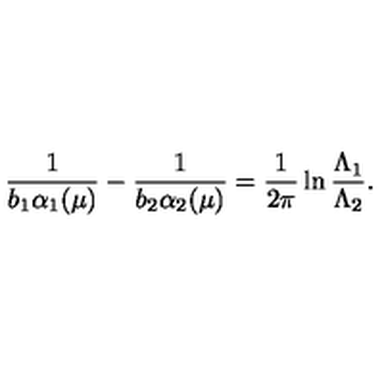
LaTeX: \frac { 1 } { b _ { 1 } \alpha _ { 1 } ( \mu ) } - \frac { 1 } { b _ { 2 } \alpha _ { 2 } ( \mu ) } = \frac { 1 } { 2 \pi } \ln \frac { \Lambda _ { 1 } } { \Lambda _ { 2 } } .